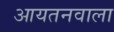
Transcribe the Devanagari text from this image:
आयतनवाला